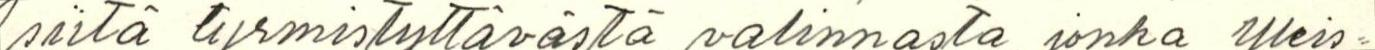
siitä tyrmistyttävästä valinnasta, jonka Yleis=